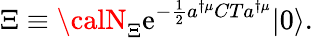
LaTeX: \Xi\equiv{\calN}_{\Xi}\mathrm{e}^{-\frac{{1}}{{2}}a^{\dagger\mu}CTa^{\dagger\mu}}|0\rangle.